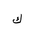
Letter: _kaf